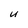
Character: u